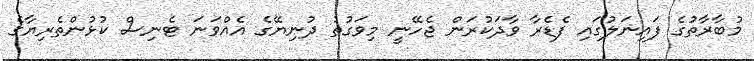
މުބާރާތުގެ ފައިނަލުގައި ފެޑެރާ ވާދަކުރަން ޖެހޭނީ މިވަގުތު ދުނިޔޭގެ އެއްވަނަ ޓެނިސް ކުޅުންތެރިޔާގެ